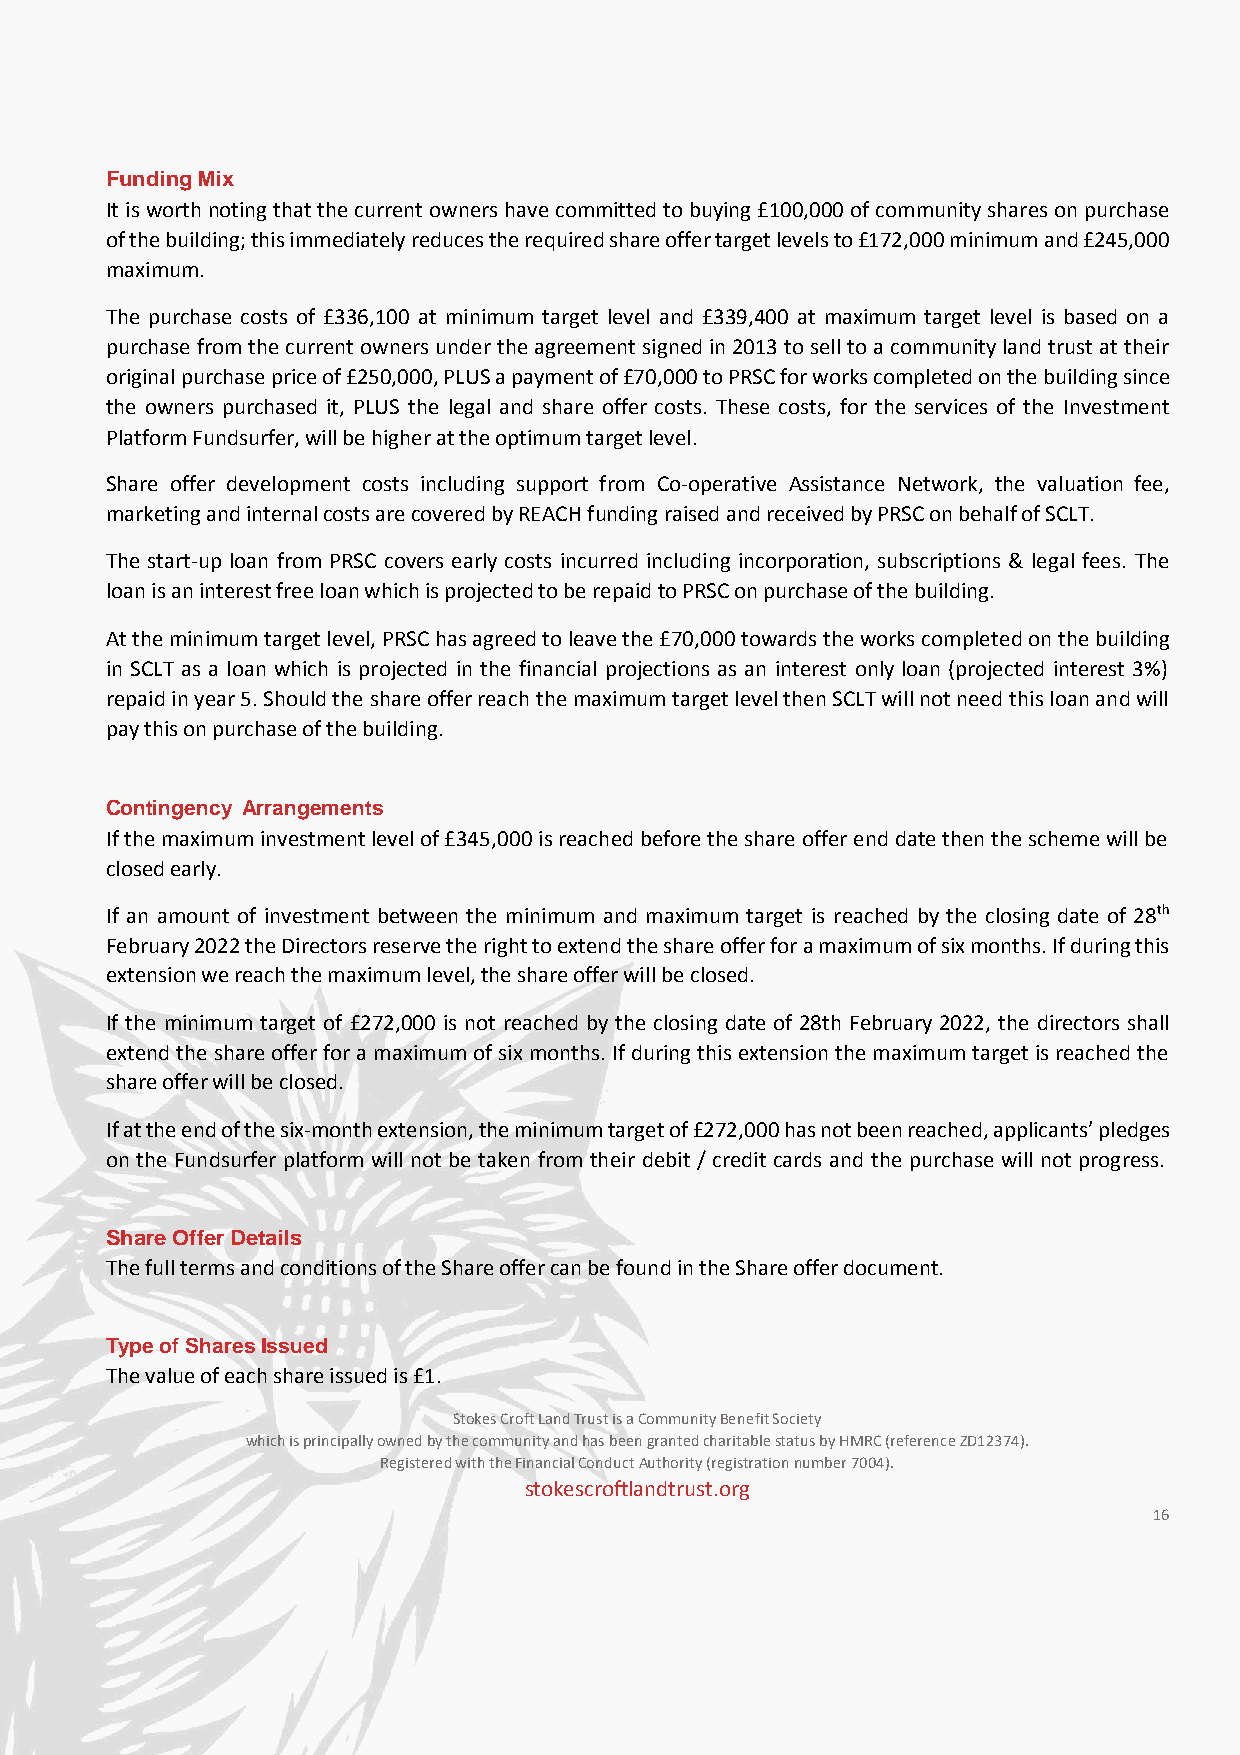
Funding Mix
 It is worth noting that the current owners have committed to buying £100,000 of community shares on purchase
 of the building; this immediately reduces the required share offer target levels to £172,000 minimum and £245,000
 maximum.
 The purchase costs of £336,100 at minimum target level and £339,400 at maximum target level is based on a
 purchase from the current owners under the agreement signed in 2013 to sell to a community land trust at their
 original purchase price of £250,000, PLUS a payment of £70,000 to PRSC for works completed on the building since
 the owners purchased it, PLUS the legal and share offer costs. These costs, for the services of the Investment
 Platform Fundsurfer, will be higher at the optimum target level.
 Share offer development costs including support from Co-operative Assistance Network, the valuation fee,
 marketing and internal costs are covered by REACH funding raised and received by PRSC on behalf of SCLT.
 The start-up loan from PRSC covers early costs incurred including incorporation, subscriptions & legal fees. The
 loan is an interest free loan which is projected to be repaid to PRSC on purchase of the building.
 At the minimum target level, PRSC has agreed to leave the £70,000 towards the works completed on the building
 in SCLT as a loan which is projected in the financial projections as an interest only loan (projected interest 3%)
 repaid in year 5. Should the share offer reach the maximum target level then SCLT will not need this loan and will
 pay this on purchase of the building.
 Contingency Arrangements
 If the maximum investment level of £345,000 is reached before the share offer end date then the scheme will be
 closed early.
 If an amount of investment between the minimum and maximum target is reached by the closing date of 28th
 February 2022 the Directors reserve the right to extend the share offer for a maximum of six months. If during this
 extension we reach the maximum level, the share offer will be closed.
 If the minimum target of £272,000 is not reached by the closing date of 28th February 2022, the directors shall
 extend the share offer for a maximum of six months. If during this extension the maximum target is reached the
 share offer will be closed.
 If at the end of the six-month extension, the minimum target of £272,000 has not been reached, applicants’ pledges
 on the Fundsurfer platform will not be taken from their debit / credit cards and the purchase will not progress.
 Share Offer Details
 The full terms and conditions of the Share offer can be found in the Share offer document.
 Type of Shares Issued
 The value of each share issued is £1.
 Stokes Croft Land Trust is a Community Benefit Society
 which is principally owned by the community and has been granted charitable status by HMRC (reference ZD12374).
 Registered with the Financial Conduct Authority (registration number 7004).
 stokescroftlandtrust.org
 16